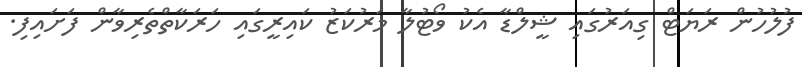
ފުލުހުން ރަޔަޓް ގިއަރުގައި ޝީލްޑާ އެކު ވޯޓުލާ މަރުކަޒު ކައިރީގައި ހަރަކާތްތެރިވާން ފަށައިފި.